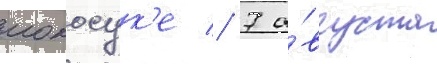
иокосук'е // 7 а́вгуста